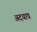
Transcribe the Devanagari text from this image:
अदयाप